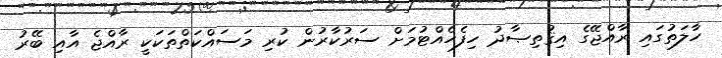
ހާލަތުގައި ރާއްޖޭގެ އިޤުތިޞާދު ހިފެހެއްޓުމަށް ސަރުކާރުން ކުރި މަސައްކަތްތަކަކީ ރާއްޖެ އާއި ބޭރު